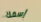
إسمك